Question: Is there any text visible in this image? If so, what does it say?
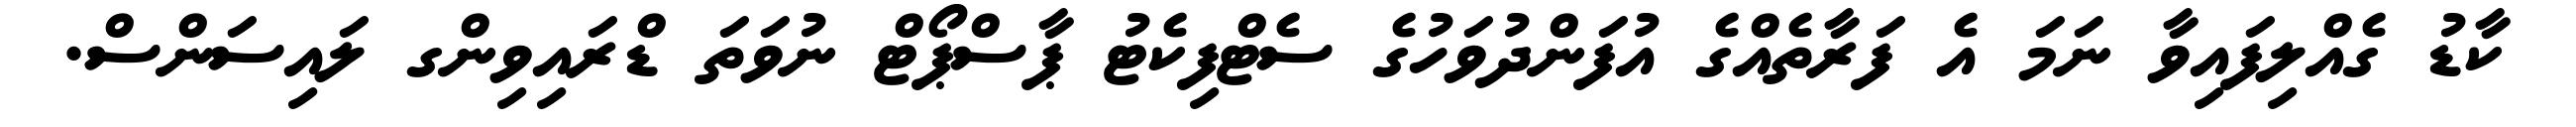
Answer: ކާޑު ގެއްލިފައިވާ ނަމަ އެ ފަރާތެއްގެ އުފަންދުވަހުގެ ސެޓްފިކެޓު ޕާސްޕޯޓް ނުވަތަ ޑްރައިވިންގ ލައިސަންސް.